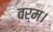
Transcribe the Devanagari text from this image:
वर्म।